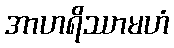
အာဟရိဿာမဟံ